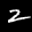
Label: 2